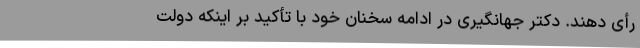
رأی دهند. دکتر جهانگیری در ادامه سخنان خود با تأکید بر اینکه دولت